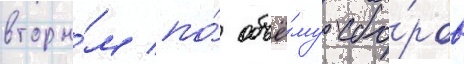
вторы́м по́ объё́му сбо́ров